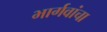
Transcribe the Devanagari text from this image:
भार्गवांचा